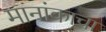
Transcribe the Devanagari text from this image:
मानांकाचा